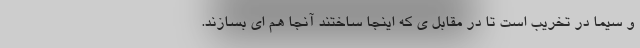
و سیما در تخریب است تا در مقابل ی که اینجا ساختند آنجا هم ‌ای بسازند.